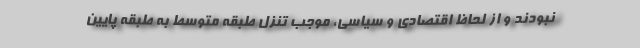
نبودند و از لحاظ اقتصادی و سیاسی، موجب تنزل طبقه متوسط به طبقه پایین